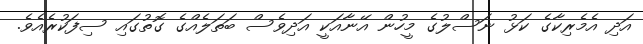
އަދި އެމެރިކާގެ ކަޅު ނަސްލުގެ މީހުން އޭނާއަކީ އަދިވެސް ބަތަލެއްގެ ގޮތުގައި ސިފަކުރެއެވެ.